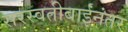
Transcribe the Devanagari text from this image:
सरस्वतीबाईंनंतर